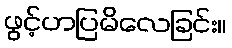
ဖွင့်ဟပြမိလေခြင်း။